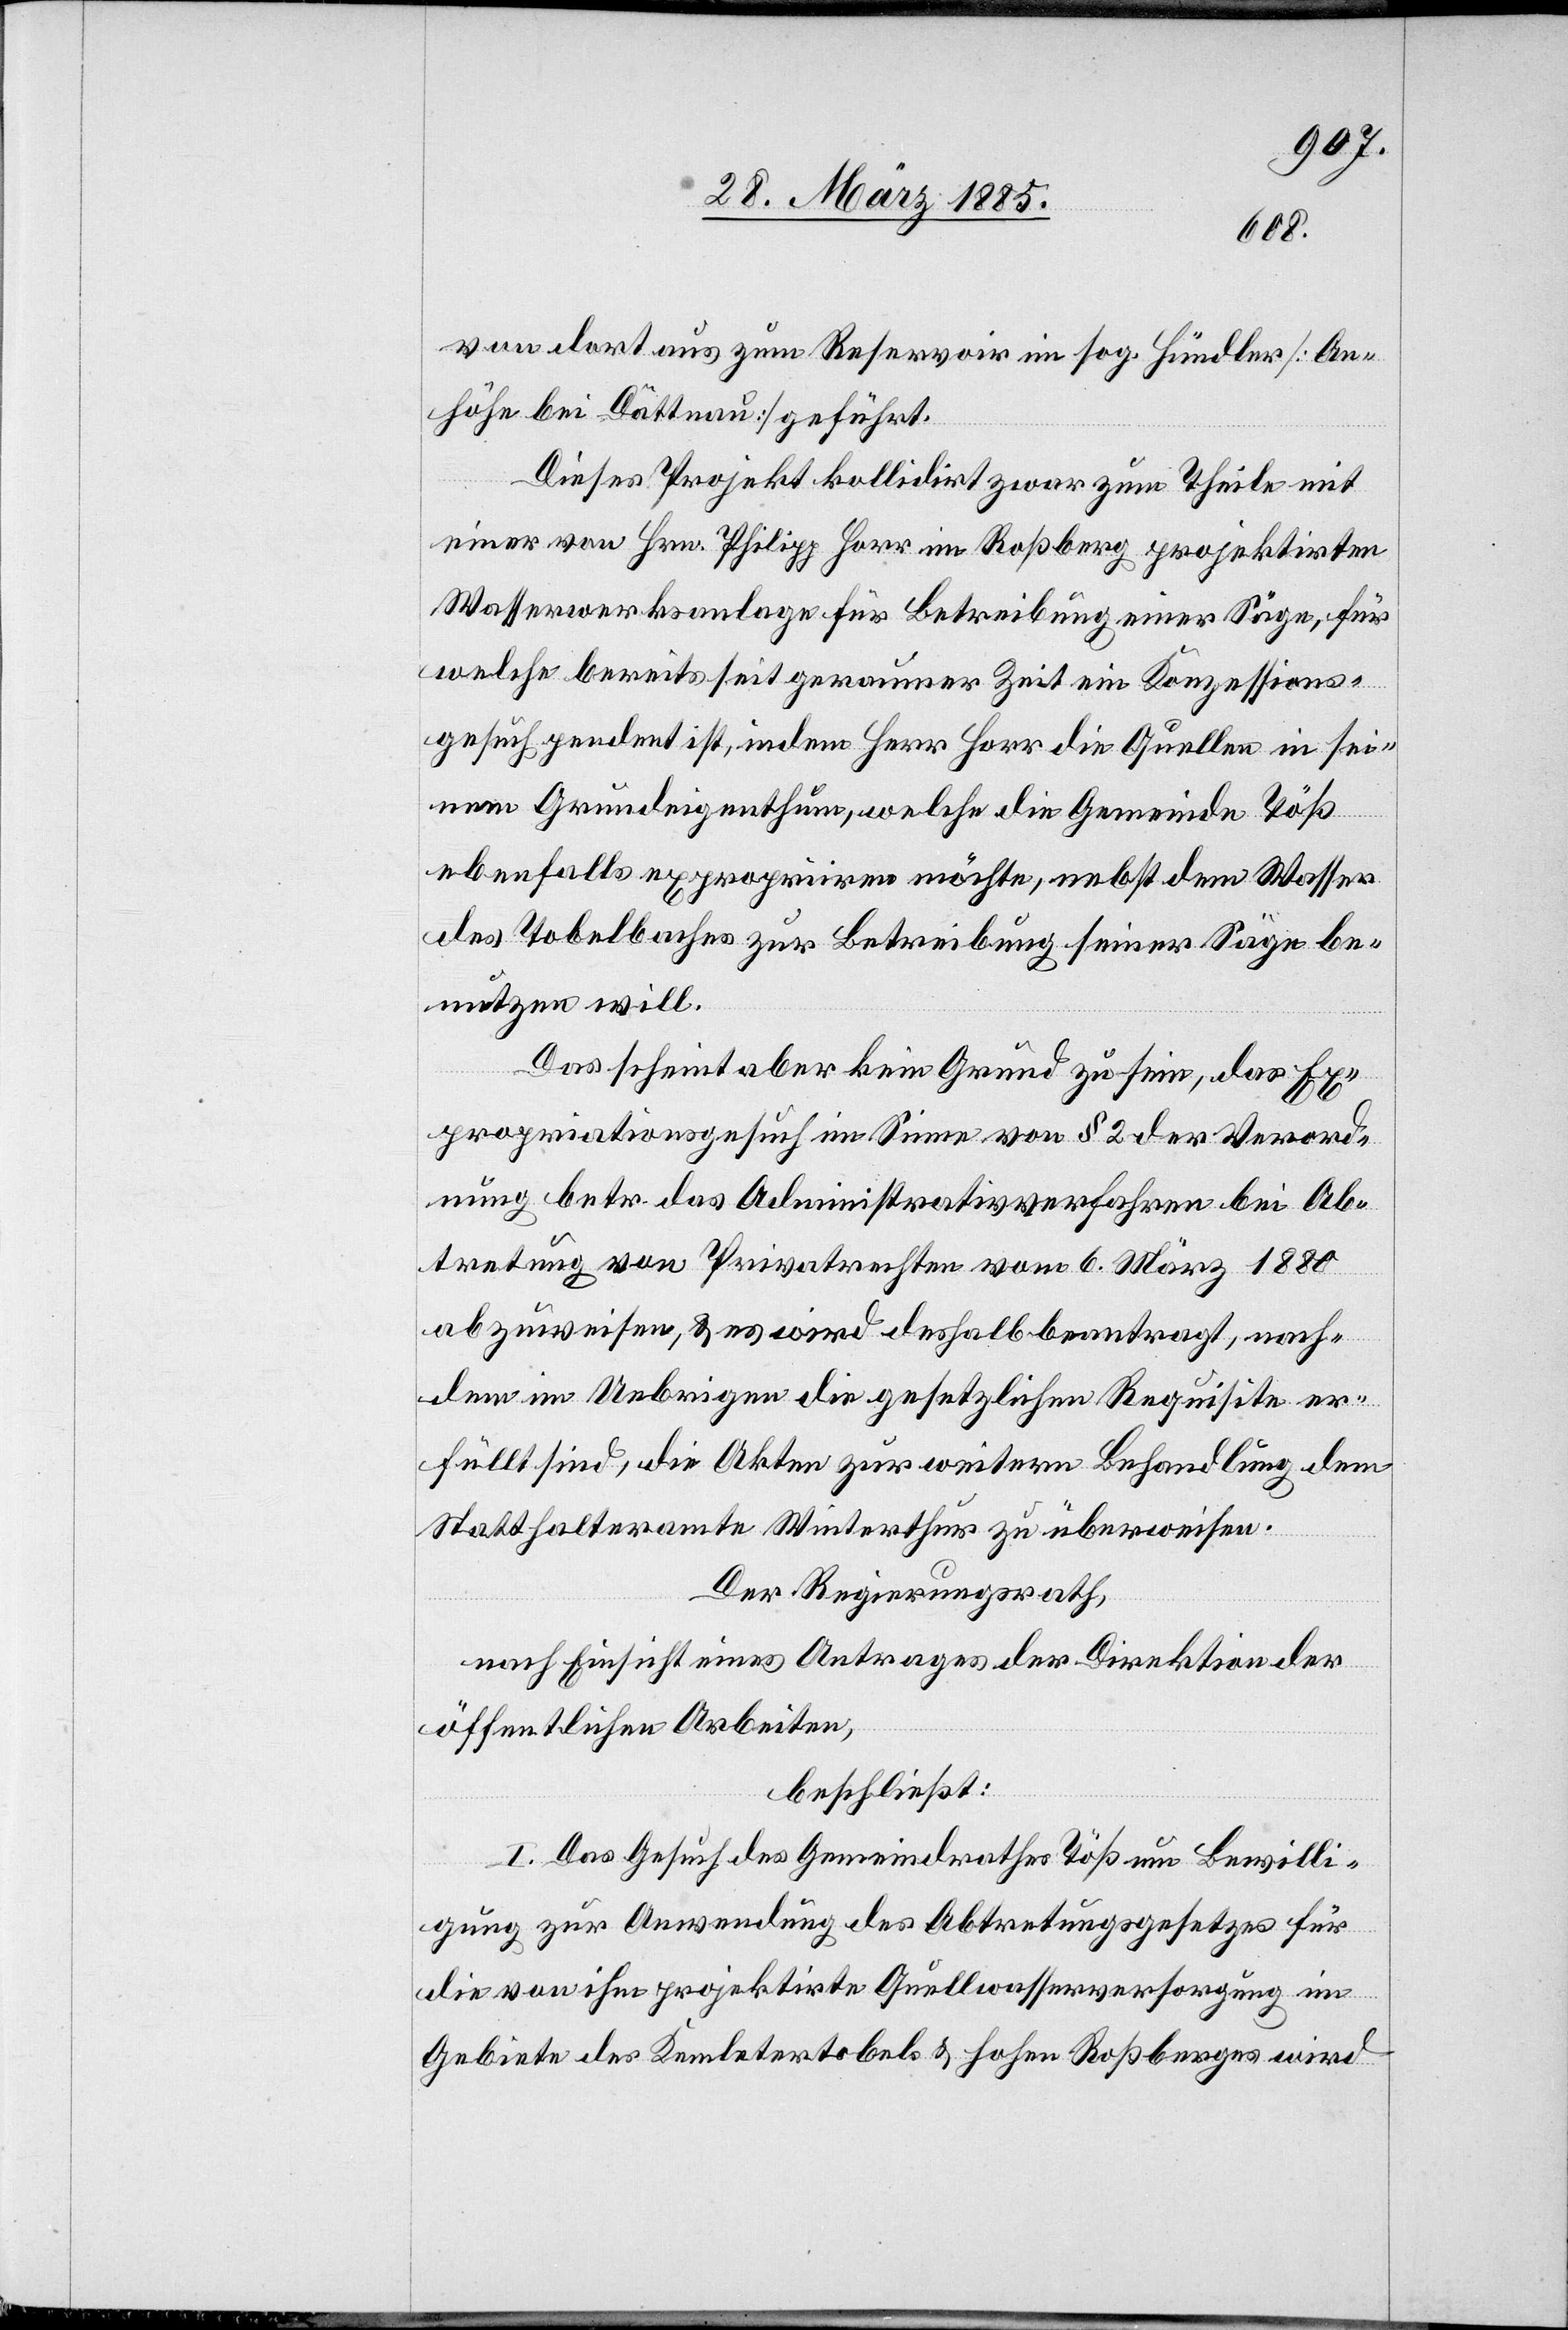
von dort aus zum Reservoir im sog. Hündler [An¬
höhe bei Dättnau] geführt.
Dieses Projekt kollidirt zwar zum Theile mit
einer von Hrn. Philipp Horr im Roßberg projektirten
Wasserwerksanlage für Betreibung einer Säge, für
welche bereits seit geraumer Zeit ein Konzessions¬
gesuch pendent ist, in dem Herr Horr die Quellen in sei¬
nem Grundeigenthum, welche die Gemeinde Töß
ebenfalls expropriiren möchte, nebst dem Wasser
des Tobelbaches zur Betreibung seiner Säge be¬
nutzen will.
Das scheint aber kein Grund zu sein, das Ex¬
propriationsgesuch im Sinne von § 2 der Verord¬
nung betr. das Administrativverfahren bei Ab¬
tretung von Privatrechten vom 6. März 1880
abzuweisen, & es wird deshalb beantragt, nach¬
dem im Uebrigen die gesetzlichen Requisite er¬
füllt sind, die Akten zur weitern Behandlung dem
Statthalteramte Winterthur zu überweisen.
Der Regierungsrath,
nach Einsicht eines Antrages der Direktion der
öffentlichen Arbeiten,
beschließt:
I. Das Gesuch des Gemeindrathes Töß um Bewilli¬
gung zur Anwendung des Abtretungsgesetzes für
die von ihm projektirte Quellwasserversorgung im
Gebiete des Kemletertobels [sic!] & hohen Roßberges wird